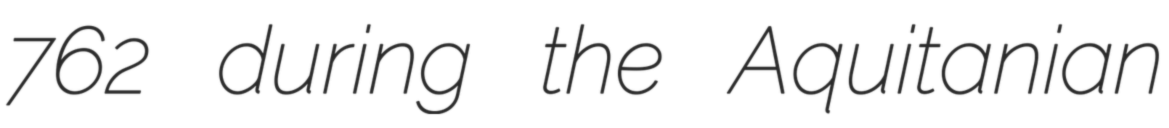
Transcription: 762 during the Aquitanian